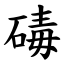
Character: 碡